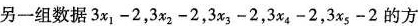
另一组数据3x_{1}-2，3x_{2}-2，3x_{3}-2，3x_{4}-2，3x_{5}-2的方